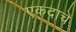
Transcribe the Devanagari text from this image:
एकदाचे